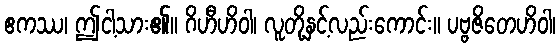
ဧကဿ၊ ဤငါ့သား၏။ ဂိဟီဟိဝါ၊ လူတို့နှင့်လည်းကောင်း။ ပဗ္ဗဇိတေဟိဝါ၊